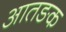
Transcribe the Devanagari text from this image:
आतङक